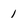
Character: 1